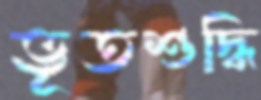
ভূতশুদ্ধি